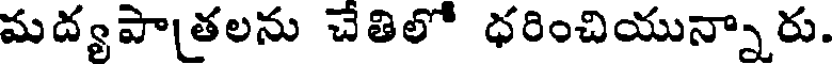
మద్యపాతలను చేతిలో ధరించియున్నారు.